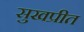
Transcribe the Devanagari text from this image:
सुखप्रीत